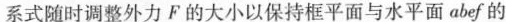
系式随时调整外力F的大小以保持框平面与水平面abef的